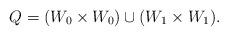
LaTeX: \begin{align*}Q = (W_{0} \times W_{0}) \cup (W_{1} \times W_{1}).\end{align*}